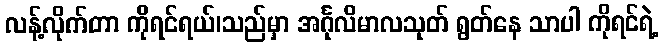
လန့်လိုက်တာ ကိုရင်ရယ်၊သည်မှာ အင်္ဂုလိမာလသုတ် ရွတ်နေ သာပါ ကိုရင်ရဲ့